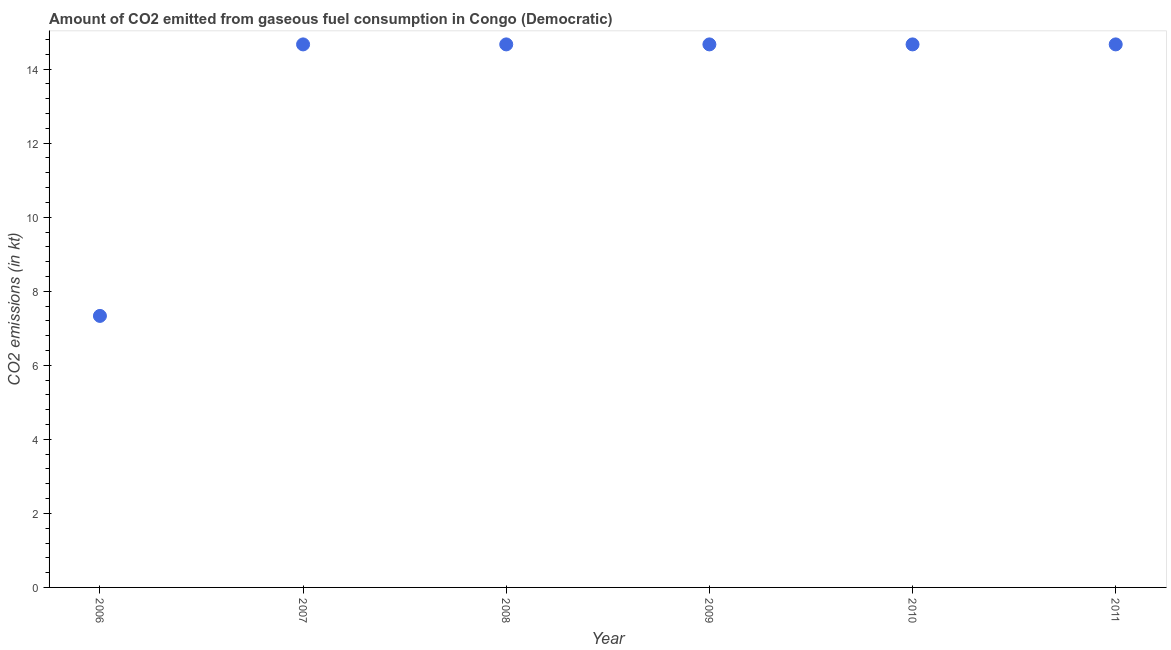
| Year | CO2 emissions from gaseous fuel consumption |
 | --- | --- |
 | 2006 | 7.33 |
 | 2007 | 14.7 |
 | 2008 | 14.7 |
 | 2009 | 14.7 |
 | 2010 | 14.7 |
 | 2011 | 14.7 |